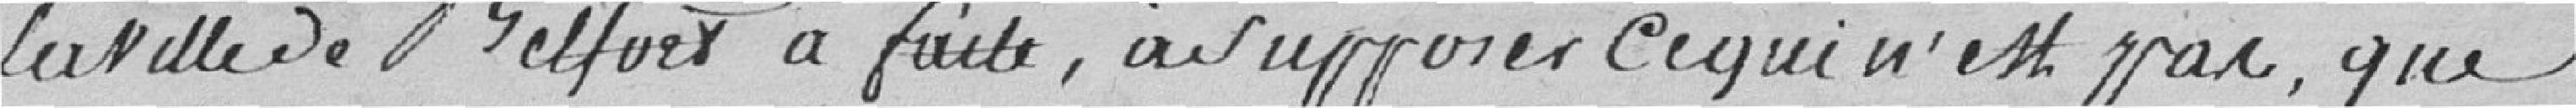
la ville de Belfort a faite, à supposer ce qui n'est pas, que